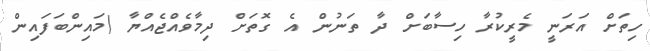
ހިތަށް އަރަނީ މެރީކުރާ ހިސާބަށް ދާ ތަނުން އެ ގޮތަށް ދިމާވެއްޖެއްޔާ (މައިންބަފައިން